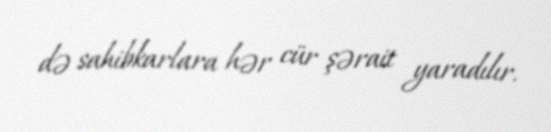
də sahibkarlara hər cür şərait yaradılır.